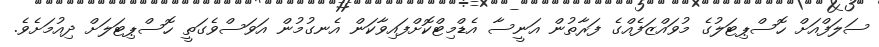
ސަލަފްއަށް ހޮސްޕިޓަލުގެ މުވައްޒަފެއްގެ ފަރާތުން އަނީސާ އެޑްމިޓްކޮށްފައިވާކަން އެނގުމުން އަވަސްވެގަތީ ހޮސްޕިޓަލަށް ދިއުމަށެވެ.